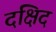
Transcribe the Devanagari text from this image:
दक्षिद